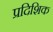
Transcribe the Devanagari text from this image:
प्रदिशिक